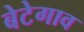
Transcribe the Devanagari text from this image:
बेटेगाव